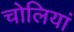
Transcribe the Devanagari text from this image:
चोलियां